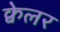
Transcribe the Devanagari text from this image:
क्वेलर